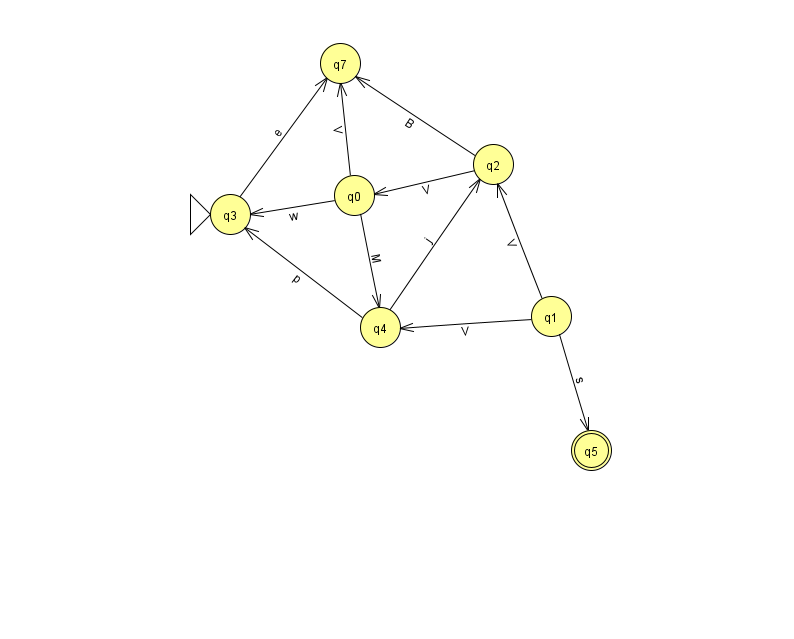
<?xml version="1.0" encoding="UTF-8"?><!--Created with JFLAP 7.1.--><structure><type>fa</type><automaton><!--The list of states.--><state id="0" name="q0"><x>354.0</x><y>182.0</y></state><state id="1" name="q1"><x>551.0</x><y>303.0</y></state><state id="2" name="q2"><x>493.0</x><y>151.0</y></state><state id="3" name="q3"><x>230.0</x><y>201.0</y><initial/></state><state id="4" name="q4"><x>380.0</x><y>314.0</y></state><state id="5" name="q5"><x>591.0</x><y>437.0</y><final/></state><state id="7" name="q7"><x>340.0</x><y>50.0</y></state><!--The list of transitions.--><transition><from>2</from><to>0</to><read>V</read></transition><transition><from>0</from><to>3</to><read>w</read></transition><transition><from>0</from><to>7</to><read>V</read></transition><transition><from>1</from><to>2</to><read>V</read></transition><transition><from>2</from><to>7</to><read>B</read></transition><transition><from>3</from><to>7</to><read>e</read></transition><transition><from>1</from><to>4</to><read>V</read></transition><transition><from>4</from><to>3</to><read>p</read></transition><transition><from>1</from><to>5</to><read>s</read></transition><transition><from>4</from><to>2</to><read>j</read></transition><transition><from>0</from><to>4</to><read>M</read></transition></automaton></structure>